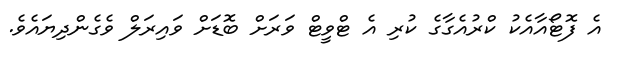
އެ ފޮޓޯއާއެކު ކްރުއެގާގެ ކުރި އެ ޓްވީޓް ވަރަށް ބޮޑަށް ވައިރަލް ވެގެންދިޔައެވެ.